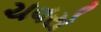
ચવરો